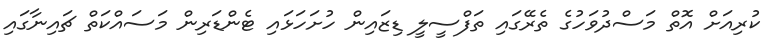
ކުރިއަށް އޮތް މަސްދުވަހުގެ ތެރޭގައި ތަފްސީލީ ޑިޒައިން ހުށަހަޅައި ޓެންޑަރިން މަސައްކަތް ޗައިނާގައި